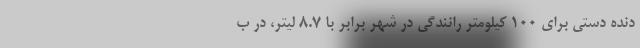
دنده دستی برای 100 کیلومتر رانندگی در شهر برابر با 8.7 لیتر، در ب